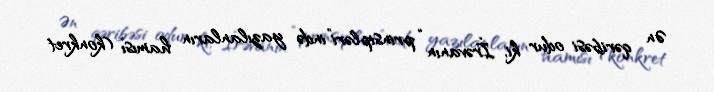
Ən qəribəsi odur ki, İrəvanın “prinsipləri”ində yazılanların hamısı (konkret